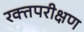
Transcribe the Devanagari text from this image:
रक्तपरीक्षण